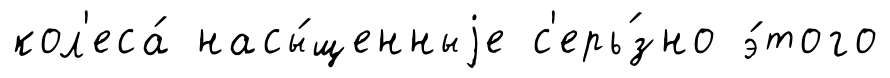
кол'еса́ насы́щенныjе с'ерь́зно э́того